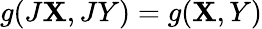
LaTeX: g(J\mathbf{X},JY)=g(\mathbf{X},Y)